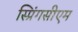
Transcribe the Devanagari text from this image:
स्प्रिंगसीएम